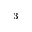
^ { - 3 }